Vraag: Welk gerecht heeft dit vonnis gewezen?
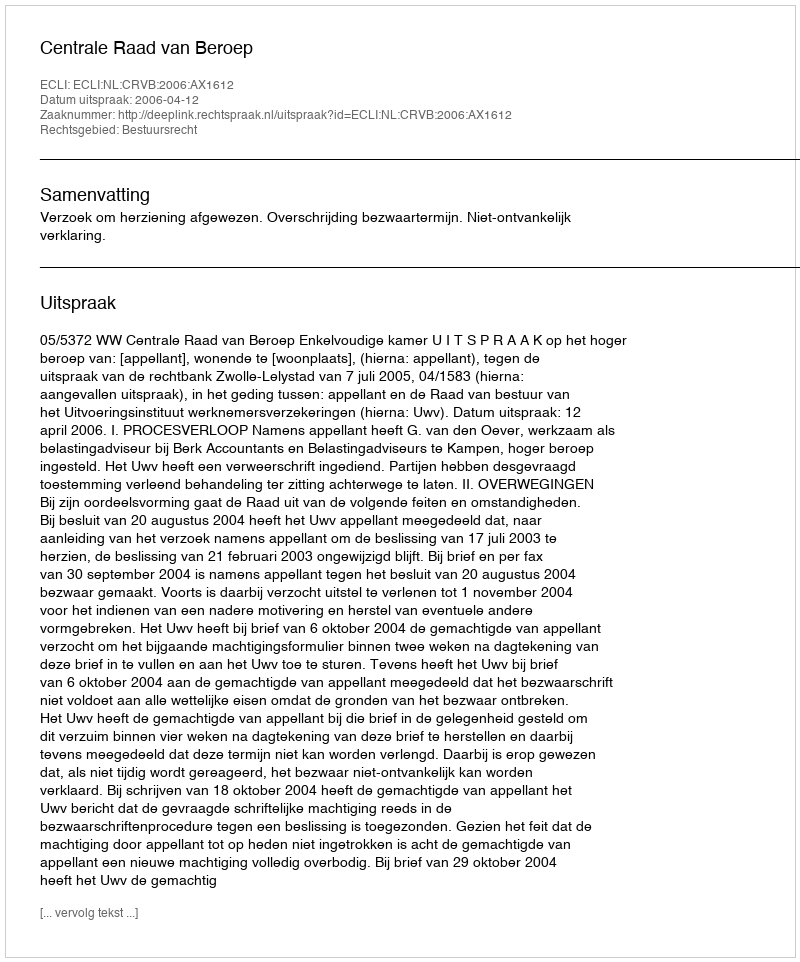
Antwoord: Centrale Raad van Beroep